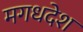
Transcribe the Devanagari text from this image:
मगधदेश